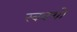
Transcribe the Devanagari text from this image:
स्ववशो